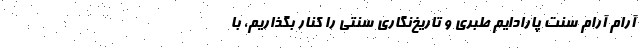
آرام آرام سنت پارادایم طبری و تاریخ‌نگاری سنتی را کنار بگذاریم، با